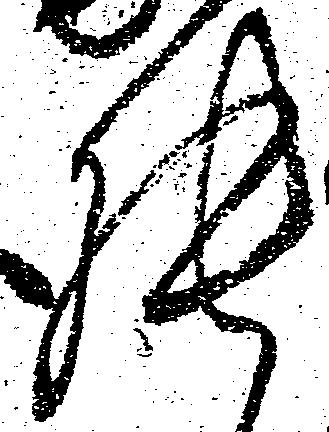
張